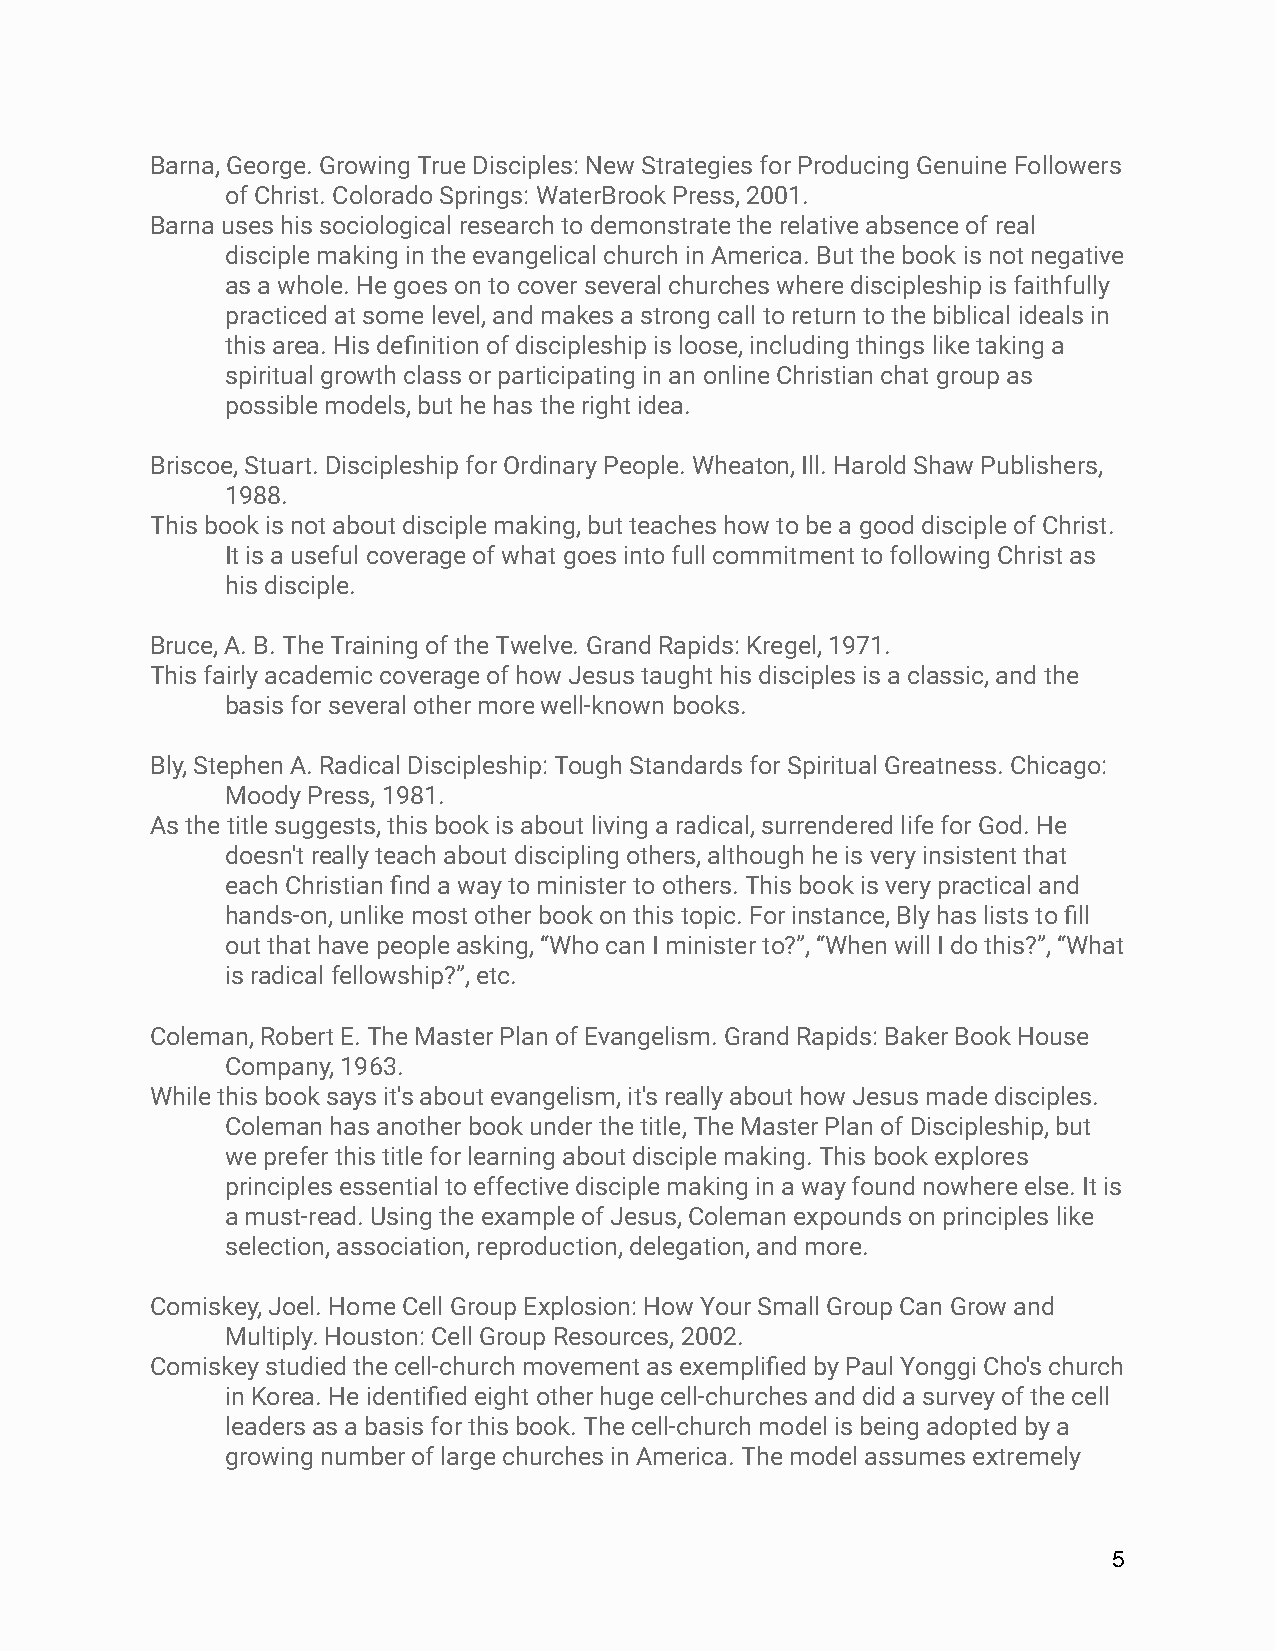
Barna, George. Growing True Disciples: New Strategies for Producing Genuine Followers
 of Christ. Colorado Springs: WaterBrook Press, 2001.
 Barna uses his sociological research to demonstrate the relative absence of real
 disciple making in the evangelical church in America. But the book is not negative
 as a whole. He goes on to cover several churches where discipleship is faithfully
 practiced at some level, and makes a strong call to return to the biblical ideals in
 this area. His definition of discipleship is loose, including things like taking a
 spiritual growth class or participating in an online Christian chat group as
 possible models, but he has the right idea.
 Briscoe, Stuart. Discipleship for Ordinary People. Wheaton, Ill. Harold Shaw Publishers,
 1988.
 This book is not about disciple making, but teaches how to be a good disciple of Christ.
 It is a useful coverage of what goes into full commitment to following Christ as
 his disciple.
 Bruce, A. B. The Training of the Twelve. Grand Rapids: Kregel, 1971.
 This fairly academic coverage of how Jesus taught his disciples is a classic, and the
 basis for several other more well-known books.
 Bly, Stephen A. Radical Discipleship: Tough Standards for Spiritual Greatness. Chicago:
 Moody Press, 1981.
 As the title suggests, this book is about living a radical, surrendered life for God. He
 doesn't really teach about discipling others, although he is very insistent that
 each Christian find a way to minister to others. This book is very practical and
 hands-on, unlike most other book on this topic. For instance, Bly has lists to fill
 out that have people asking, “Who can I minister to?”, “When will I do this?”, “What
 is radical fellowship?”, etc.
 Coleman, Robert E. The Master Plan of Evangelism. Grand Rapids: Baker Book House
 Company, 1963.
 While this book says it's about evangelism, it's really about how Jesus made disciples.
 Coleman has another book under the title, The Master Plan of Discipleship, but
 we prefer this title for learning about disciple making. This book explores
 principles essential to effective disciple making in a way found nowhere else. It is
 a must-read. Using the example of Jesus, Coleman expounds on principles like
 selection, association, reproduction, delegation, and more.
 Comiskey, Joel. Home Cell Group Explosion: How Your Small Group Can Grow and
 Multiply. Houston: Cell Group Resources, 2002.
 Comiskey studied the cell-church movement as exemplified by Paul Yonggi Cho's church
 in Korea. He identified eight other huge cell-churches and did a survey of the cell
 leaders as a basis for this book. The cell-church model is being adopted by a
 growing number of large churches in America. The model assumes extremely
 5